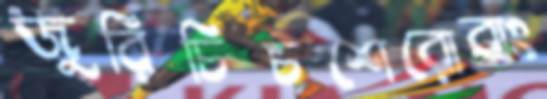
জুরিচিচশেরোবাং